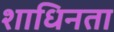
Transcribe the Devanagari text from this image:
शाधिनता